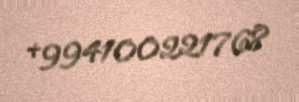
+994100221768